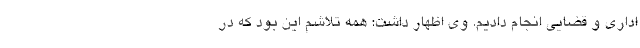
اداری و قضایی انجام دادیم. وی اظهار داشت: همه تلاشم این بود که در